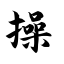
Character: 操